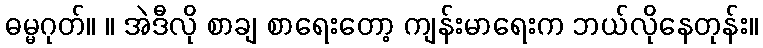
ဓမ္မဂုတ်။ ။ အဲဒီလို စာချ စာရေးတော့ ကျန်းမာရေးက ဘယ်လိုနေတုန်း။